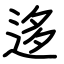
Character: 迻